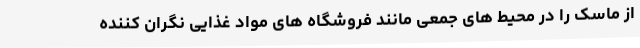
از ماسک را در محیط های جمعی مانند فروشگاه های مواد غذایی نگران کننده